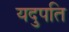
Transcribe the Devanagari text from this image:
यदुपति